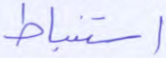
استنباط